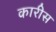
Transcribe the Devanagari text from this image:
कारीस